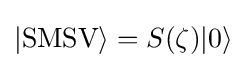
|{\text{SMSV}}\rangle =S(\zeta )|0\rangle